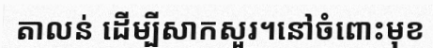
តាលន់ ដើម្បីសាកសួរ។នៅចំពោះមុខ